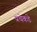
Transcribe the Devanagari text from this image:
प्रथेकडे